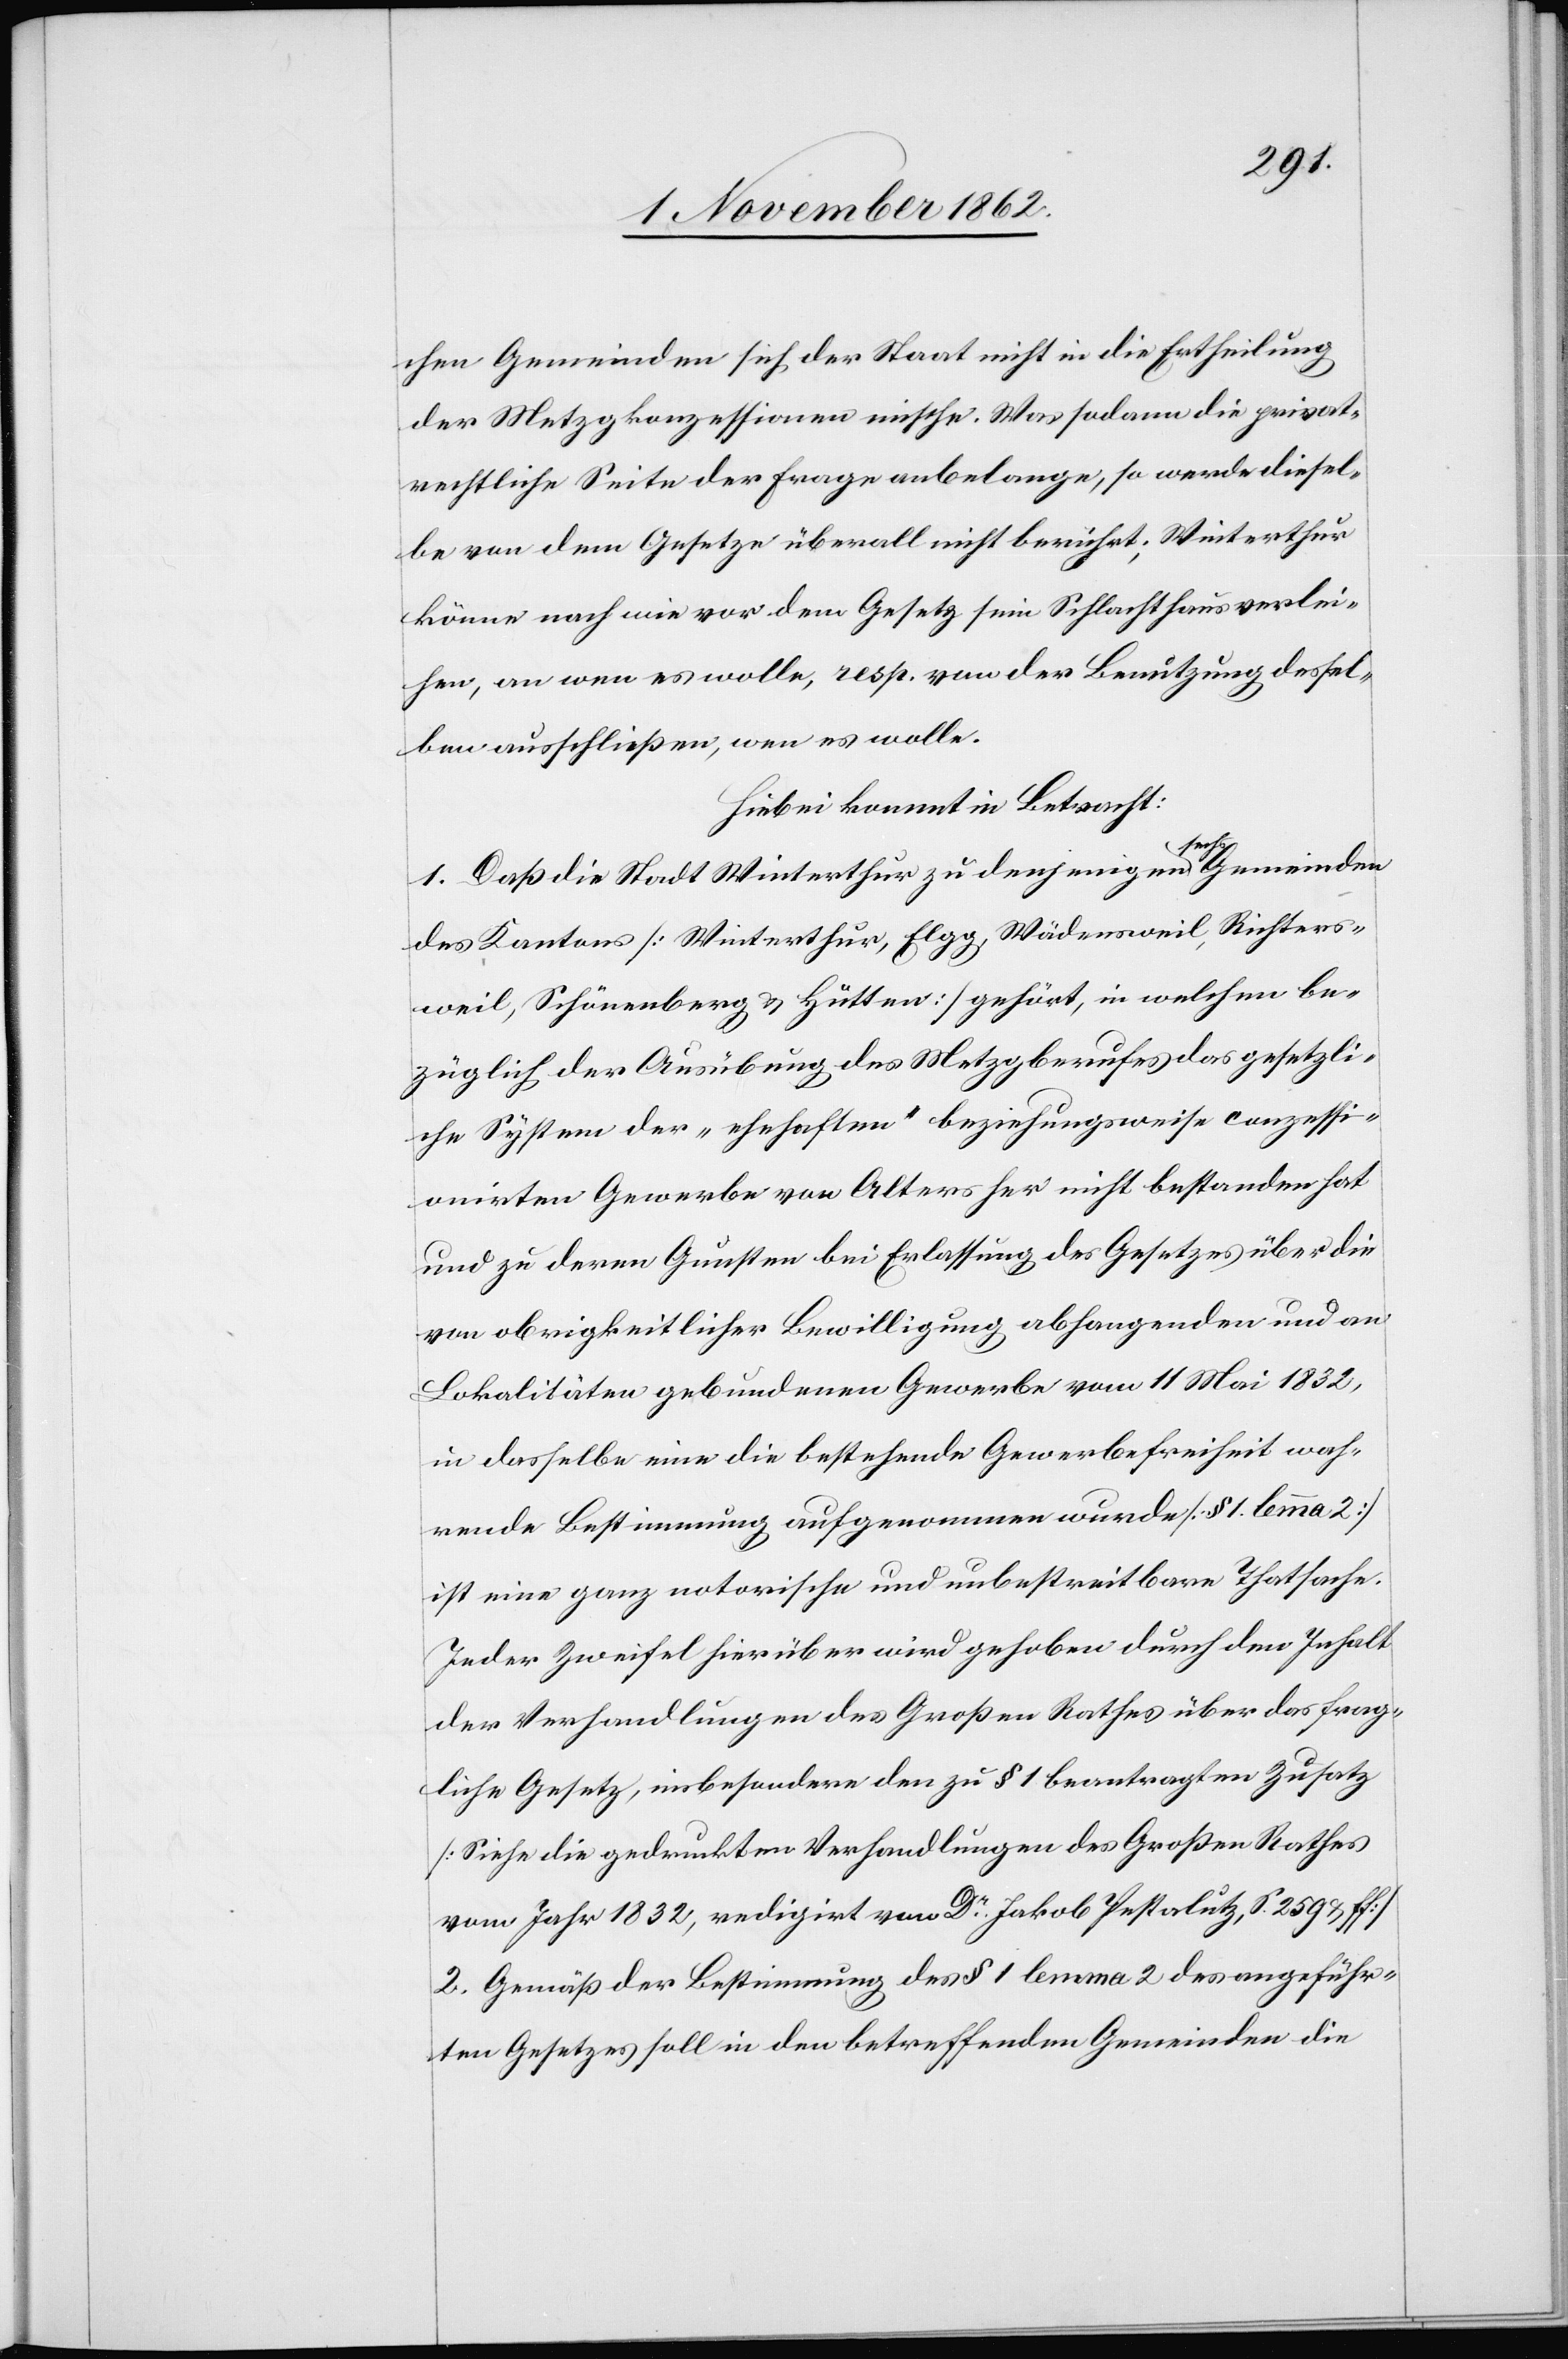
chen Gemeinden sich der Staat nicht in die Ertheilung
der Metzgkonzessionen mische. Was sodann die privat¬
rechtliche Seite der Frage anbelange, so werde diesel¬
be von dem Gesetze überall nicht berührt; Winterthur
könne nach wie vor dem Gesetz sein Schlachthaus verlei¬
hen, an wen es wolle, resp. von der Benutzung dessel¬
ben ausschließen, wen es wolle.
Hiebei kommt in Betracht:
1. Daß die Stadt Winterthur zu denjenigen sechs Gemeinden
des Kantons [Winterthur, Elgg, Wädensweil, Richters¬
weil, Schönenberg u. Hütten] gehört, in welchen be¬
züglich der Ausübung des Metzgberufes das gesetzli¬
che System der „ehehaften“ beziehungsweise conzessi¬
onirten Gewerbe von Alters her nicht bestanden hat
und zu deren Gunsten bei Erlassung des Gesetzes über die
von obrigkeitlicher Bewilligung abhangenden und an
Lokalitäten gebundenen Gewerbe vom 11. Mai 1832,
in dasselbe eine die bestehende Gewerbefreiheit wah¬
rende Bestimmung aufgenommen wurde [§ 1 lemma 2]
ist eine ganz notorische und unbestreitbare Thatsache.
Jeder Zweifel hierüber wird gehoben durch den Inhalt
der Verhandlungen des Großen Rathes über das frag¬
liche Gesetz, insbesondere den zu § 1 beantragten Zusatz
[Siehe die gedruckten Verhandlungen des Großen Rathes
vom Jahr 1832, redigirt von Dr Jakob Pestalutz, S. 259 u. ff.]
2. Gemäß der Bestimmung des § 1 lemma 2 des angeführ¬
ten Gesetzes soll in den betreffenden Gemeinden die